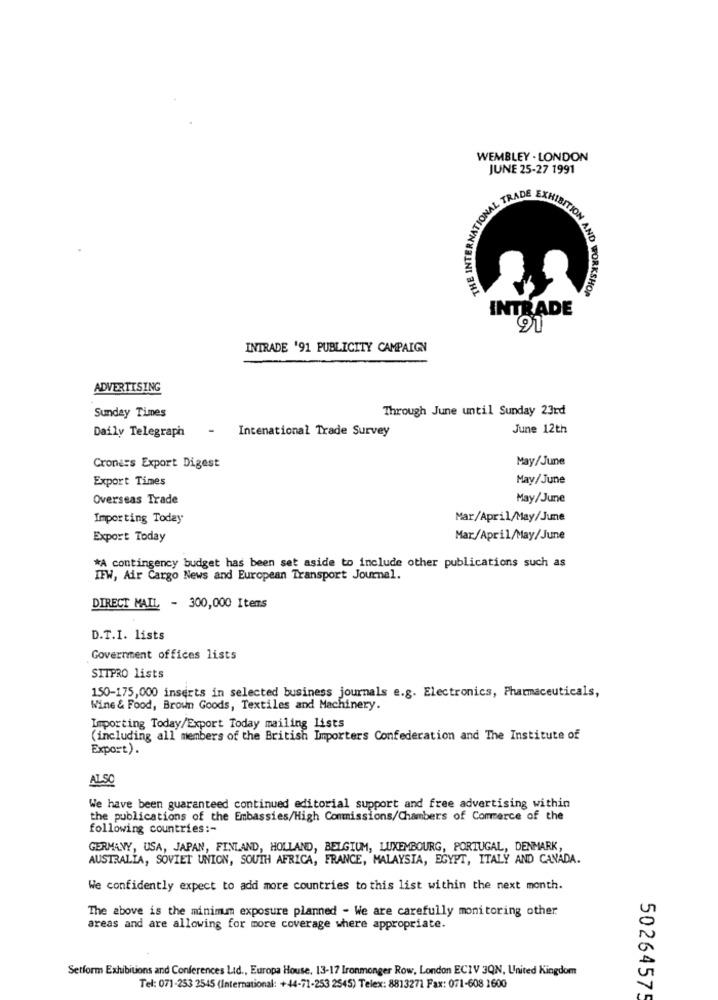
WEMBLEY . LONDON
JUNE 25-27 1991
THE INTER
M AND
ORKSHOP
INTRADE
91
INTRADE '91 PUBLICITY CAMPAIGN
ADVERTISING
Through June until Sunday 23rd
Sunday Times
-
Intenational Trade Survey
June 12th
Daily Telegraph
May/June
Croners Export Digest
Export Times
May/June
Overseas Trade
May/June
Importing Today
Mar/April/May/June
Export Today
Mar/April/May/June
*A contingency budget has been set aside to include other publications such as
IFW, Air Cargo News and European Transport Journal.
DIRECT MAIL - 300,000 Items
D.T.I. lists
Government offices lists
SITPRO lists
150-175,000 inserts in selected business journals e.g. Electronics, Pharmaceuticals,
Wine & Food, Brown Goods, Textiles and Machinery.
Importing Today/Export Today mailing lists
(including all members of the British Importers Confederation and The Institute of
Export).
ALSO
We have been guaranteed continued editorial support and free advertising within
the publications of the Embassies/High Commissions/Chambers of Commerce of the
following countries :-
GERMANY, USA, JAPAN, FINLAND, HOLLAND, BELGIUM, LUXEMBOURG, PORTUGAL, DENMARK,
AUSTRALIA, SOVIET UNION, SOUTH AFRICA, FRANCE, MALAYSIA, EGYPT, ITALY AND CANADA.
We confidently expect to add more countries to this list within the next month.
The above is the minimum exposure planned - We are carefully monitoring other
areas and are allowing for more coverage where appropriate.
Setform Exhibitions and Conferences Lid ., Europa House, 13-17 Ironmonger Row, London ECIV 3QN, United Kingdom
Tel: 071-253 2545 (International: +44-71-253 2545) Telex: 8813271 Fax: 071-608 1600
50264575